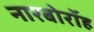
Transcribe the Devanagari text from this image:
नारबोरॉह